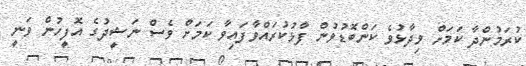
ކުރަމުންދާ ކަމަށް ވިދާޅުވެ ކަންބޮޑުވުން ފާޅުކުރައްވާފައިވާ ކަމަށް ވެސް ނަޝީދުގެ އޮފީހުން ވަނީ